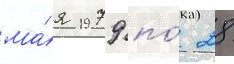
ма́я 1979 по́ 28